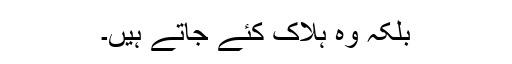
بلکہ وہ ہلاک کئے جاتے ہیں۔